system: You are a helpful assistant.
user:
Analyze the provided spectrum to determine if it is a **S-type Star**.

- **Key Indicators for S-type Star:**

    - **(Overall Spectrum Shape):** The first and most obvious characteristic is the overall continuum (the "baseline" shape). It is **extremely "red-sloping,"** meaning the flux (light intensity) is very low on the left side (blue, ~4000-4500 Å) and rises steeply and continuously toward the right side (red, ~7000 Å+).

    - **(Primary):** The spectrum is defined by the presence of strong, broad molecular absorption "valleys" (bands) from **Zirconium Oxide (ZrO)**. The identification of these bands is the **primary requirement** for classifying a star as S-type.
        - **(Key Bandheads):** You must find distinct, deep "dips" where the light has been absorbed. The most critical band systems to locate are:
            - **~6474 Å** ($\gamma$-system): This is often the strongest and clearest ZrO feature, found in the red part of the spectrum.
            - **~5718 Å** & **~5551 Å** ($\beta$-system): A pair of prominent absorption features in the yellow-orange part of the spectrum.
            - **~4640 Å** ($\alpha$-system): A key absorption band system in the blue-green region of the spectrum.

    - **(Secondary Confirmation):** The classification is strengthened by finding additional absorption bands from other related heavy element oxides, which are expected to be present alongside ZrO.
        - **(Key Bandheads):**
            - **Yttrium Oxide (YO):** Look for absorption dips near **~4800 Å** and **~6100 Å**.
            - **Lanthanum Oxide (LaO):** Additional absorption features, particularly in the red-orange part of the spectrum, are also characteristic.

    - **(Line Profile):** The combination of the steep red continuum and these numerous, deep molecular bands (ZrO, YO, etc.) gives the entire spectrum a very **"chopped-up"** or **"bumpy"** appearance. Instead of a smooth curve, the spectrum looks as though large, wide chunks of light have been "carved out" of it at the specific wavelengths listed above.

Think first, call **spectral_visualization_tool** if needed to examine features in detail, then provide your final answer. Your response must adhere to the following strict rules:
1.  **Overall Structure:** Your response must follow the format `<think>...</think> <tool_call>...</tool_call> (if a tool is used) <answer>...</answer>`.
2.  **Tool Usage Constraint:** You may only make **one** tool call per turn.
3.  **Final Answer Format:** In the `<answer>` tag, your conclusion must be inside a `\boxed{}` command (e.g., `\boxed{YES}` or `\boxed{NO}`), followed by your justification.

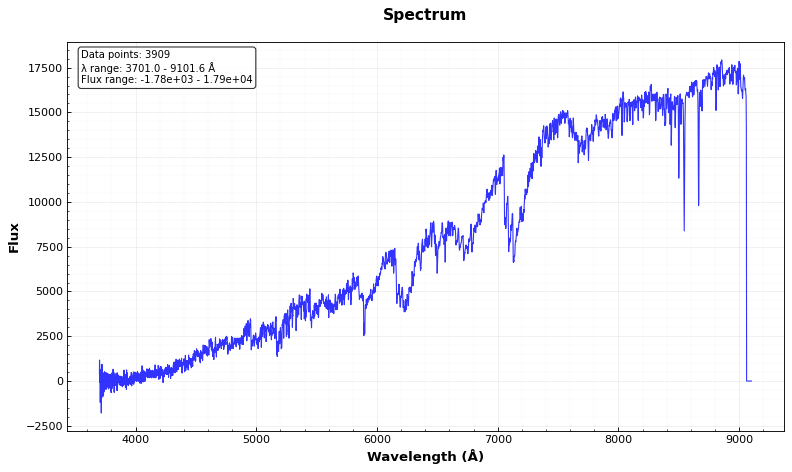
Answer: YES